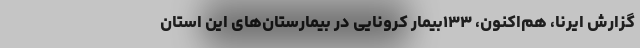
گزارش ایرنا، هم‌اکنون، ۱۳۳بیمار کرونایی در بیمارستان‌های این استان